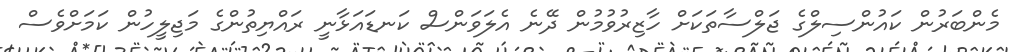
މެންބަރުން ކައުންސިލްގެ ޖަލްސާތަކަށް ހާޒިރުވުމުން ދޭނެ އެލަވަންސް ކަނޑައަޅާނީ ރައްޔިތުންގެ މަޖިލީހުން ކަމަށްވެސް